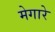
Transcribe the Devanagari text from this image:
मेगारे